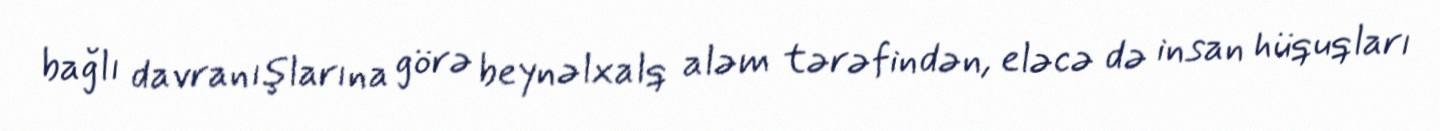
bağlı davranışlarına görə beynəlxalq aləm tərəfindən, eləcə də insan hüquqları